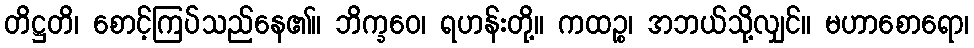
တိဋ္ဌတိ၊ စောင့်ကြပ်သည်နေ၏။ ဘိက္ခဝေ၊ ရဟန်းတို့။ ကထဉ္စ၊ အဘယ်သို့လျှင်။ မဟာစောရော၊